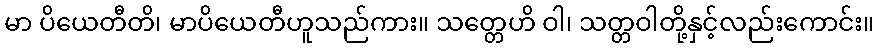
မာ ပိယေတီတိ၊ မာပိယေတီဟူသည်ကား။ သတ္တေဟိ ဝါ၊ သတ္တဝါတို့နှင့်လည်းကောင်း။